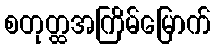
စတုတ္ထအကြိမ်မြောက်